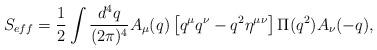
LaTeX: \begin{align*}S_{eff} = {1\over 2}\int {d^4 q\over (2\pi)^4} A_\mu(q) \left[q^\mu q^\nu - q^2 \eta^{\mu\nu}\right]\Pi(q^2) A_\nu(-q),\end{align*}